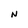
Character: N